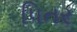
પિતર